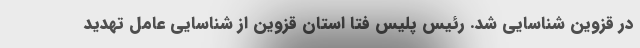
در قزوین شناسایی شد. رئیس پلیس فتا استان قزوین از شناسایی عامل تهدید